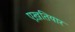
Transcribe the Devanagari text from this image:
एख़तियार